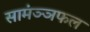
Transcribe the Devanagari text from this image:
सामंञ्ञफल